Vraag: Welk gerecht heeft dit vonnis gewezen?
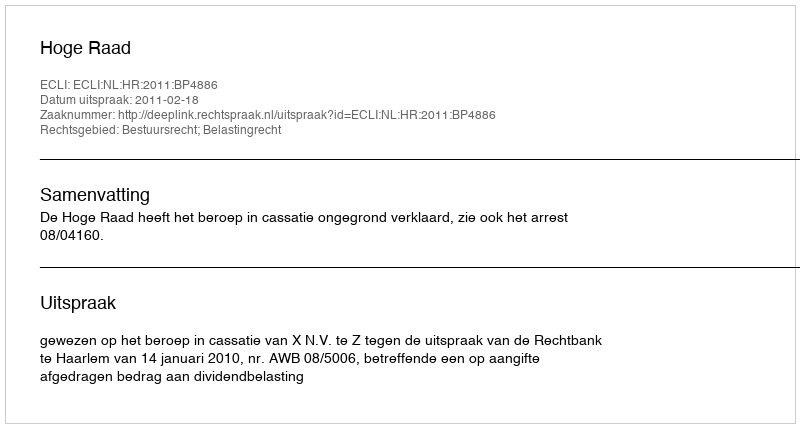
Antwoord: Hoge Raad